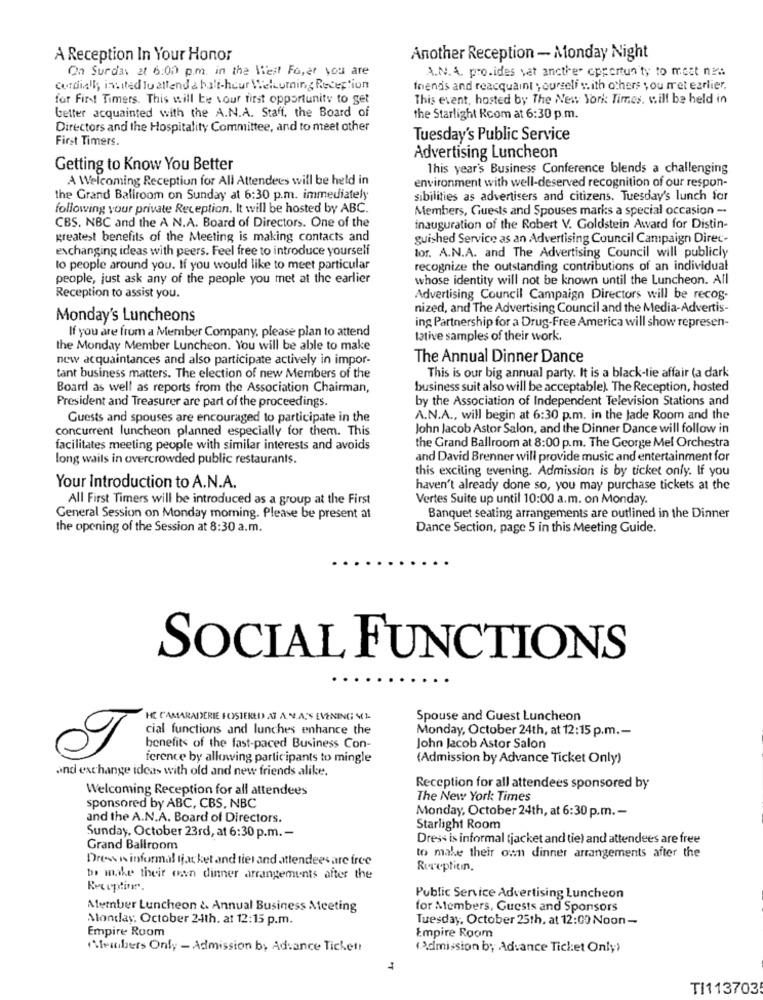
A Reception In Your Honor
Another Reception - Monday Night
On Surdas at 6:00 p.m. in the West Fo,er you are
A.N. A. pro.ides vat ancthe opportunity to most nem
cordially int ited to attend a halt-hour Welcoming Reception
friends and reacquaint yourself with others you met earlier.
for First Timers. This will be your first opportunity to get
This event, hosted by The New York Times, will be held in
better acquainted with the A.N.A. Staff, the Board of
the Starlight Rcom at 6:30 p.m.
Directors and the Hospitality Committee, and to meet other
First Timers.
Tuesday's Public Service
Advertising Luncheon
Getting to Know You Better
This year's Business Conference blends a challenging
A Welcoming Reception for All Attendees will be held in
environment with well-deserved recognition of our respon-
the Grand Ballroom on Sunday at 6:30 p.m. immediately
sibilities as advertisers and citizens. Tuesday's lunch for
following your private Reception. It will be hosted by ABC.
Members, Guests and Spouses marks a special occasion -
CBS. NBC and the A N.A. Board of Directors. One of the
inauguration of the Robert V. Goldstein Award for Distin-
greatest benefits of the Meeting is making contacts and
guished Service as an Advertising Council Campaign Direc-
exchanging ideas with peers. Feel free to introduce yourself
lor. A.N.A. and The Advertising Council will publicly
to people around you. If you would like to meet particular
recognize the outstanding contributions of an individual
people, just ask any of the people you met at the earlier
whose identity will not be known until the Luncheon. All
Reception to assist you.
Advertising Council Campaign Directors will be recos-
nized, and The Advertising Council and the Media-Advertis-
Monday's Luncheons
ing Partnership for a Drug-Free America will show represen-
If you are from a Member Company, please plan to attend
tative samples of their work.
the Monday Member Luncheon. You will be able to make
new acquaintances and also participate actively in impor-
The Annual Dinner Dance
tant business matters. The election of new Members of the
This is our big annual party. It is a black-tie affair (a dark
Board as well as reports from the Association Chairman,
business suit also will be acceptable). The Reception, hosted
by the Association of Independent Television Stations and
President and Treasurer are part of the proceedings.
Guests and spouses are encouraged to participate in the
A.N.A ., will begin at 6:30 p.m. in the Jade Room and the
concurrent luncheon planned especially for them. This
John Jacob Astor Salon, and the Dinner Dance will follow in
facilitates meeting people with similar interests and avoids
the Grand Ballroom at 8:00 p.m. The George Mel Orchestra
long wails in overcrowded public restaurants.
and David Brenner will provide music and entertainment for
this exciting evening. Admission is by ticket only. If you
Your Introduction to A.N.A.
haven't already done so, you may purchase tickets at the
All First Timers will be introduced as a group at the First
Vertes Suite up until 10:00 a.m. on Monday.
General Session on Monday morning. Please be present at
Banquet seating arrangements are outlined in the Dinner
the opening of the Session at 8:30 a.m.
Dance Section, page 5 in this Meeting Guide.
SOCIAL FUNCTIONS
HE CAMARADERIE FOSTERED AT A.N.A.'S EVENING ML
Spouse and Guest Luncheon
Monday, October 24th, at 12:15 p.m .-
benefits of the fast-paced Business Con-
John Jacob Astor Salon
cial functions and lunches enhance the
ference by allowing participants to mingle
(Admission by Advance Ticket Only)
and exchange ideas with old and new friends alike.
Welcoming Reception for all attendees
Reception for all attendees sponsored by
The New York Times
sponsored by ABC, CBS, NBC
and the A.N.A. Board of Directors.
Monday, October 24th, at 6:30 p.m .-
Starlight Room
Sunday, October 23rd, at 6:30 p.m. -
Dress is informal tjacket and tie) and attendees are free
Grand Ballroom
Dress is informal ijat ket and ties and attendees are free
to make their own dinner arrangements after the
Rereplitin.
to make their men dinner arrangements after the
Public Service Advertising Luncheon
Atember Luncheon & Annual Business Meeting
for Members, Guests and Sponsors
Monday, October 24th. at 12:15 p.m.
Tuesday, October 25th, at 12:00 Noon-
Empire Room
Empire Room
Members Only - Admission by Advance Ticket
(Admission b; Advance Ticket Only)
le
TI113703